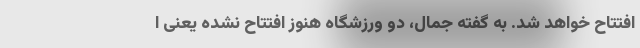
افتتاح خواهد شد. به گفته جمال، دو ورزشگاه هنوز افتتاح نشده یعنی ا